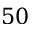
5 0